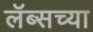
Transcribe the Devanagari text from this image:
लॅब्सच्या